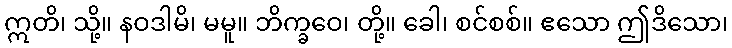
ဣတိ၊ သို့။ နဝဒါမိ၊ မမူ။ ဘိက္ခဝေ၊ တို့။ ခေါ၊ စင်စစ်။ ဧသော ဤဒိသော၊